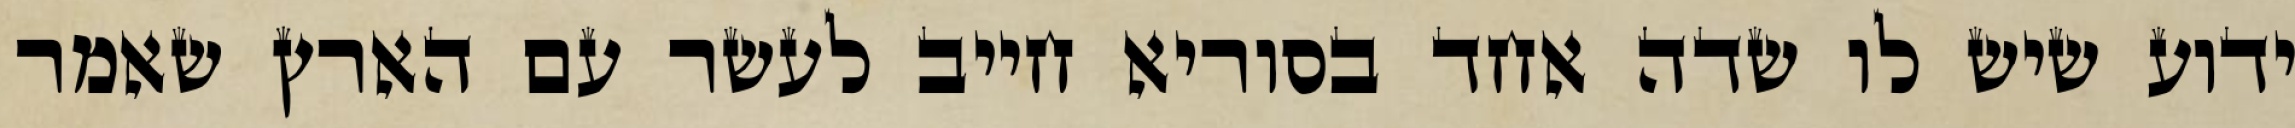
ידוע שיש לו שדה אחד בסוריא חייב לעשר עם הארץ שאמר